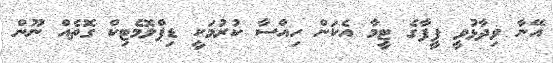
އޭނާ ވިދާޅުވީ ފީފާގެ ޓީމާ އެކަން ހިއްސާ ކުރުމަކީ ޑިޕްލޮމެޓިކް ގޮތެއް ނޫން